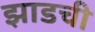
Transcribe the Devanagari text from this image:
झाडची